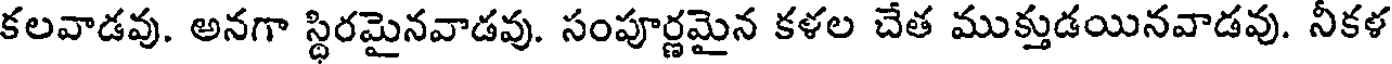
కలవాడవు. అనగా స్థిరమైనవాడవు. సంపూర్ణమైన కళల చేత ముక్తుడయినవాడవు. నీకళ